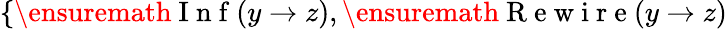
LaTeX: \{ \ensuremath{\mathrm{~I~n~f~}}(y\to z),\ensuremath{\mathrm{~R~e~w~i~r~e~}}(y\to z)